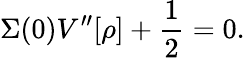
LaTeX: \Sigma(0)V^{\prime\prime}[\rho]+\frac{1}{2}=0.